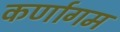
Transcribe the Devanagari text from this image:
कर्णागम